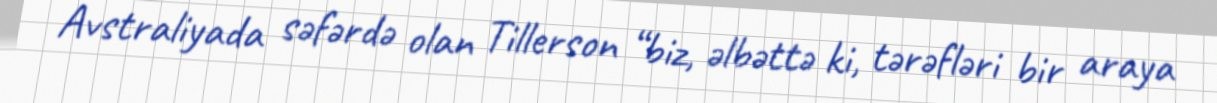
Avstraliyada səfərdə olan Tillerson “biz, əlbəttə ki, tərəfləri bir araya